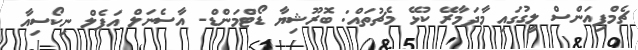
ޗެމްޕިއަންސް ލީގުގައި މާދަމާރޭ ކުޅޭ މެޗުތައް: ބޮރޫޝިޔާ ޑޯޓްމަންޑް- އާސެނަލް އަޕެލް ނިކޯސިއާ